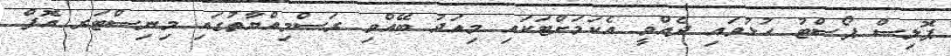
ޕޮލިސް ޕޯސްޓު ހުޅުވައި ދެއްވީ އެކަމަށްޓަކައި މިއަދު ބޭއްވި ރަސްމިއްޔާތުގައި މިނިސްޓަރ އޮފް